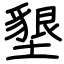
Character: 墾